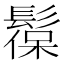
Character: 𩭼